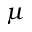
{ \mu }